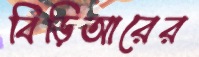
বিড়িআরের